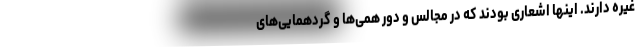
غیره دارند. اینها اشعاری بودند که در مجالس و دور همی‌ها و گردهمایی‌های